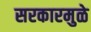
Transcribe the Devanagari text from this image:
सरकारमुळे